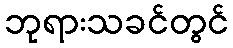
ဘုရားသခင်တွင်